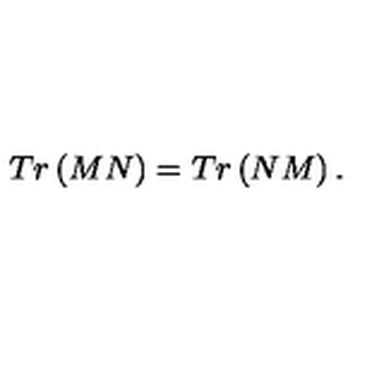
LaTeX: T r \left( M N \right) = T r \left( N M \right) .